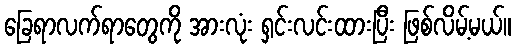
ခြေရာလက်ရာတွေကို အားလုံး ရှင်းလင်းထားပြီး ဖြစ်လိမ့်မယ်။